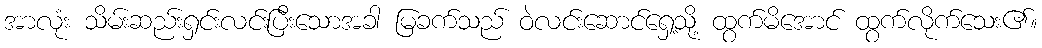
အာလုံး သိမ်းဆည်းရှင်းလင်းပြီးသောအခါ မြခက်သည် ဝဲလင်းဆောင်ရှေ့သို့ ထွက်မိအောင် ထွက်လိုက်သေး၏။